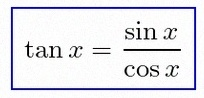
\tan x=\frac{\sin x}{\cos x}